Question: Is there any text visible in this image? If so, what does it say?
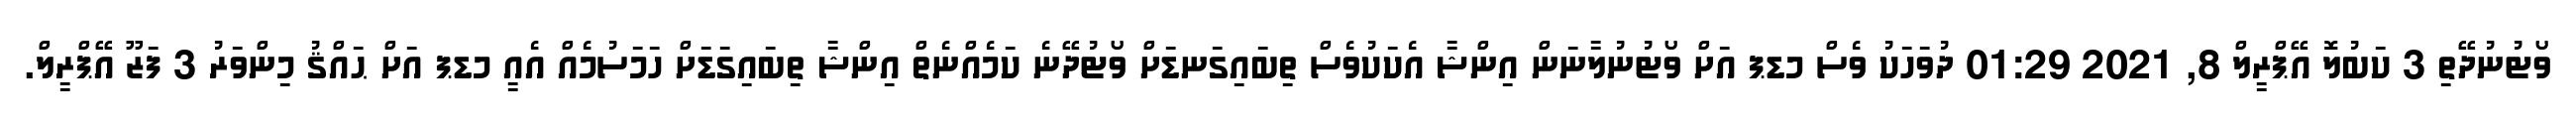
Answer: ވޯޓުނުދޭތި 3 ކަބުލޮ އޭޕްރީލް 8, 2021 01:29 ދުވަހަކު ވެސް މޑޕ އަށް ވޯޓުނުލާނަން އިންޝާ އެކަކުވެސް ތިބައިގަނޑަށް ވޯޓުދޭނެ ކަމެއްނެތް އިންޝާ ތިބައިގަޑަށް ހަމަސުމެއް އެއީ މޑޕ އަށް ޙައްޤު މިންވަރު 3 ފަޒޫ އޭޕްރީލް.